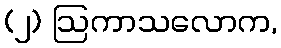
(၂) ဩကာသလောက,